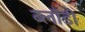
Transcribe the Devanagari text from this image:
ब्लाँडी